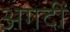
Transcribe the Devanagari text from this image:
अगदीं